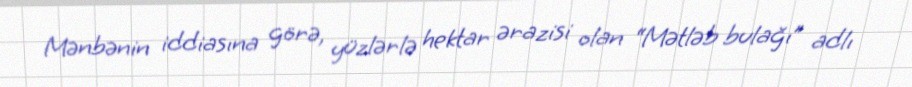
Mənbənin iddiasına görə, yüzlərlə hektar ərazisi olan “Mətləb bulağı” adlı